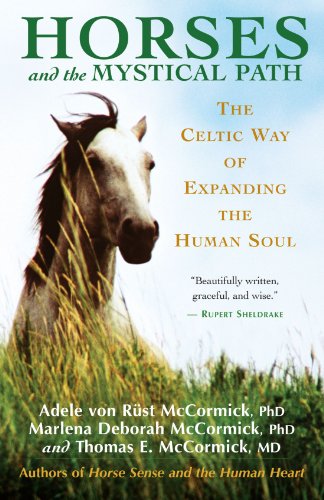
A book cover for Horses and the Mystical Path: The Celtic Way of Expanding the Human Soul; Adele Von Rust McCormick; Religion & Spirituality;